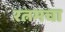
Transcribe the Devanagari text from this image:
रत्नमचा